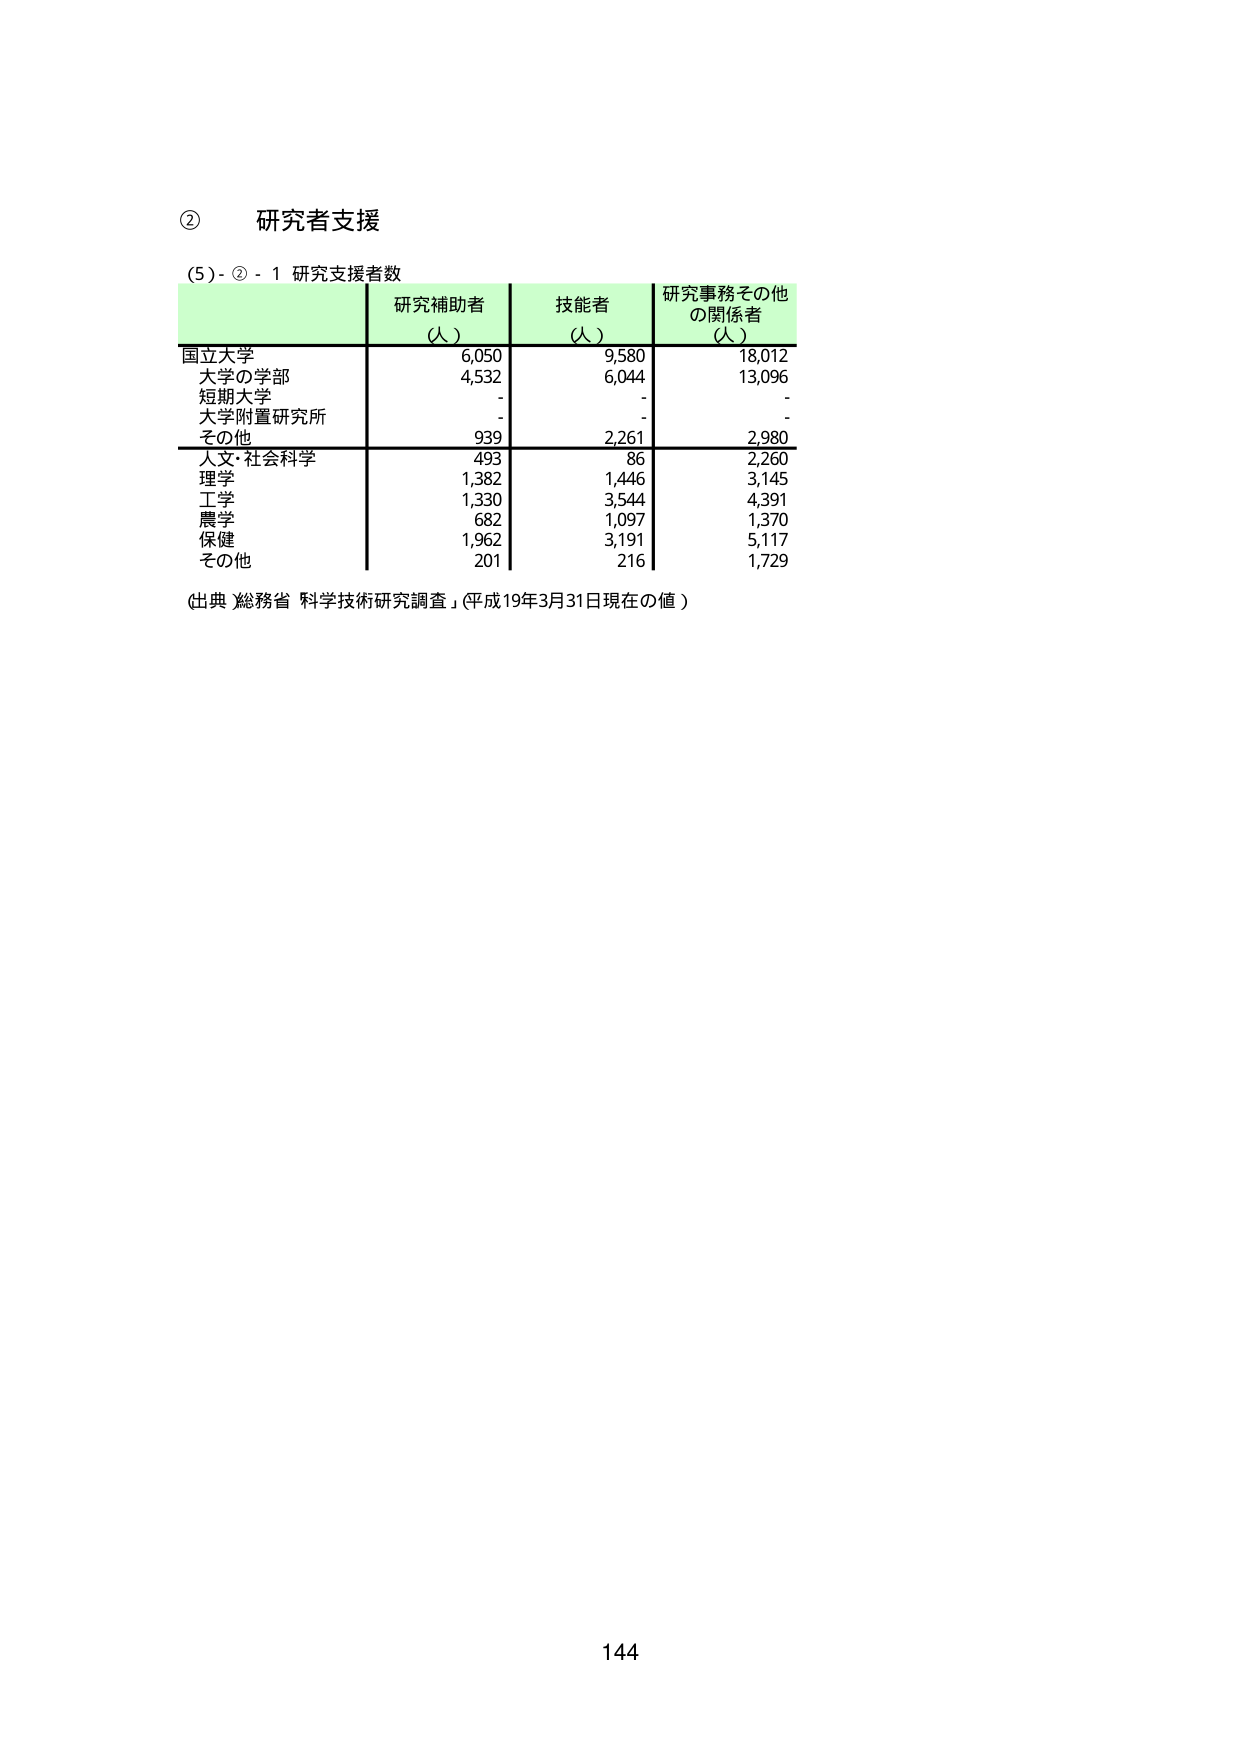
② 研究者支援
(5) - ② - 1 研究支援者数
研究補助者 (人) 技能者 (人) 研究事務その他 の関係者 (人)
国立大学 6,050 9,580 18,012
大学の学部 4,532 6,044 13,096
短期大学 - - -
大学附置研究所 - - -
その他 939 2,261 2,980
人文・社会科学 493 86 2,260
理学 1,382 1,446 3,145
工学 1,330 3,544 4,391
農学 682 1,097 1,370
保健 1,962 3,191 5,117
その他 201 216 1,729
(出典)総務省「科学技術研究調査」(平成19年3月31日現在の値)
144